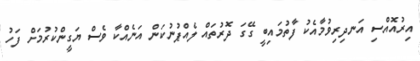
އިރުއޮއްސި އަނދިރިވުމާއެކު ފާތުމައިބީ ގޭގަ ދޮރުތައް ލެއްޕުނުކަން އަނެއްކާ ވެސް ޔަގީންކުރުމަށް ފަހު